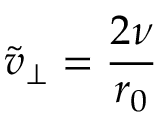
\tilde { v } _ { \perp } = \frac { 2 \nu } { r _ { 0 } }